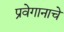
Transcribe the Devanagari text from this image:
प्रवेगानाचे